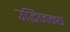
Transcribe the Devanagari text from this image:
उद्भिजन्य